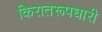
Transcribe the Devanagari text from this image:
किरातरूपधारी